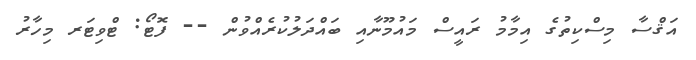
އަޤްސާ މިސްކިތުގެ އިމާމު ރައީސް މައުމޫނާއި ބައްދަލުކުރެއްވުން -- ފޮޓޯ: ޓްވިޓަރ މިހާރު